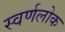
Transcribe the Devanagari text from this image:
स्वर्णलोक